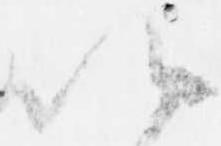
以